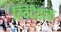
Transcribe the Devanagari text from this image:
स्विदेशक